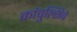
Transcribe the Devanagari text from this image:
कांवुल्सिवे